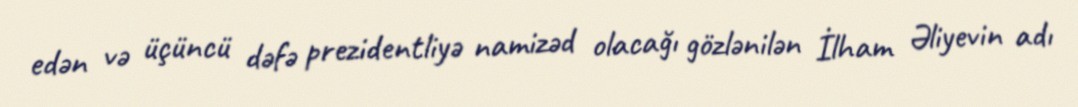
edən və üçüncü dəfə prezidentliyə namizəd olacağı gözlənilən İlham Əliyevin adı